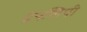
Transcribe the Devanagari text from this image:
ग्रंथलिपी